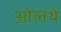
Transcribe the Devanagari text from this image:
ओलथे